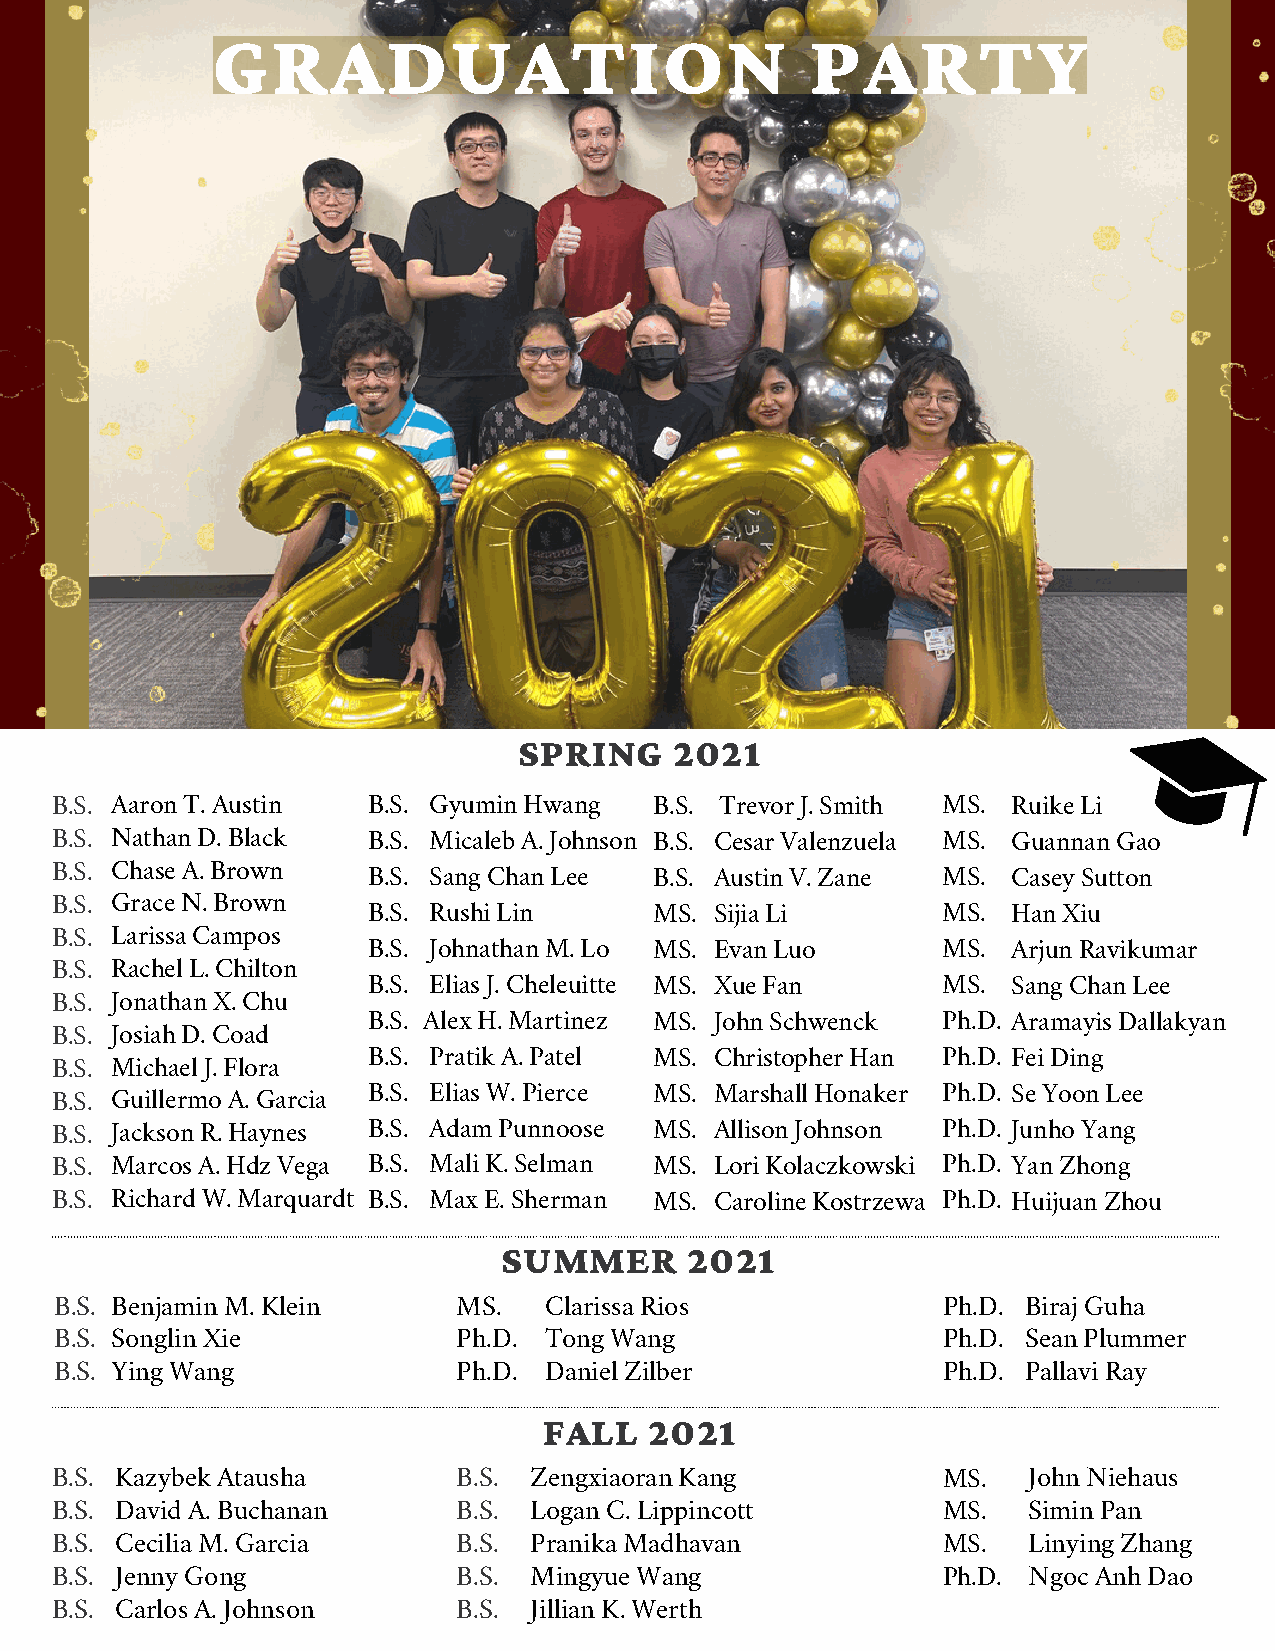
GRADUATION                              PARTY
 SPRING     2021
 B.S. Aaron T. Austin B.S. Gyumin Hwang  B.S. Trevor J. Smith MS. Ruike Li
 B.S. Nathan D. Black B.S. Micaleb A. Johnson B.S. Cesar Valenzuela MS. Guannan Gao
 B.S. Chase A. Brown  B.S. Sang Chan Lee B.S. Austin V. Zane MS. Casey Sutton
 B.S. Grace N. Brown
 B.S. Rushi Lin     MS. Sijia Li       MS.  Han Xiu
 B.S. Larissa Campos
 B.S. Johnathan M. Lo MS. Evan Luo     MS.  Arjun Ravikumar
 B.S. Rachel L. Chilton
 B.S. Elias J. Cheleuitte MS. Xue Fan  MS.  Sang Chan Lee
 B.S. Jonathan X. Chu
 B.S. Alex H. Martinez MS. John Schwenck Ph.D. Aramayis Dallakyan
 B.S. Josiah D. Coad
 B.S. Pratik A. Patel MS. Christopher Han Ph.D. Fei Ding
 B.S. Michael J. Flora
 B.S. Elias W. Pierce MS. Marshall Honaker Ph.D. Se Yoon Lee
 B.S. Guillermo A. Garcia
 B.S. Jackson R. Haynes B.S. Adam Punnoose MS. Allison Johnson Ph.D. Junho Yang
 B.S. Marcos A. Hdz Vega B.S. Mali K. Selman MS. Lori Kolaczkowski Ph.D. Yan Zhong
 B.S. Richard W. Marquardt B.S. Max E. Sherman MS. Caroline Kostrzewa Ph.D. Huijuan Zhou
 SUMMER      2021
 B.S. Benjamin M. Klein    MS.   Clarissa Rios             Ph.D. Biraj Guha
 B.S. Songlin Xie          Ph.D. Tong Wang                 Ph.D. Sean Plummer
 B.S. Ying Wang            Ph.D. Daniel Zilber             Ph.D. Pallavi Ray
 FALL   2021
 B.S. Kazybek Atausha       B.S. Zengxiaoran Kang           MS.   John Niehaus
 B.S. David A. Buchanan     B.S. Logan C. Lippincott        MS.   Simin Pan
 B.S. Cecilia M. Garcia     B.S. Pranika Madhavan           MS.   Linying Zhang
 B.S. Jenny Gong            B.S. Mingyue Wang               Ph.D. Ngoc Anh Dao
 B.S. Carlos A. Johnson     B.S. Jillian K. Werth